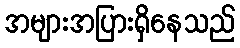
အများအပြားရှိနေသည်